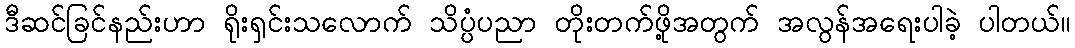
ဒီဆင်ခြင်နည်းဟာ ရိုးရှင်းသလောက် သိပ္ပံပညာ တိုးတက်ဖို့အတွက် အလွန်အရေးပါခဲ့ ပါတယ်။